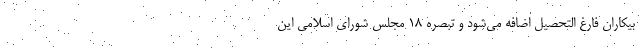
بیکاران فارغ التحصیل اضافه می‌شود و تبصره ۱۸ مجلس شورای اسلامی این